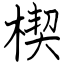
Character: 楔